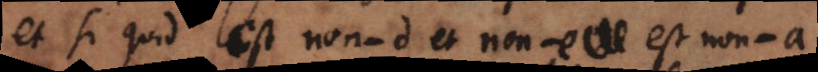
et si quid est non‐d et non‐e est non‐a,